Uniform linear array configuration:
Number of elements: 4
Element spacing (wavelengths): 0.5
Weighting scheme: hann
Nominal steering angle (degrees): -30
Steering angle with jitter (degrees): -29.649
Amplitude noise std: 0.05
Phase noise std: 0.05

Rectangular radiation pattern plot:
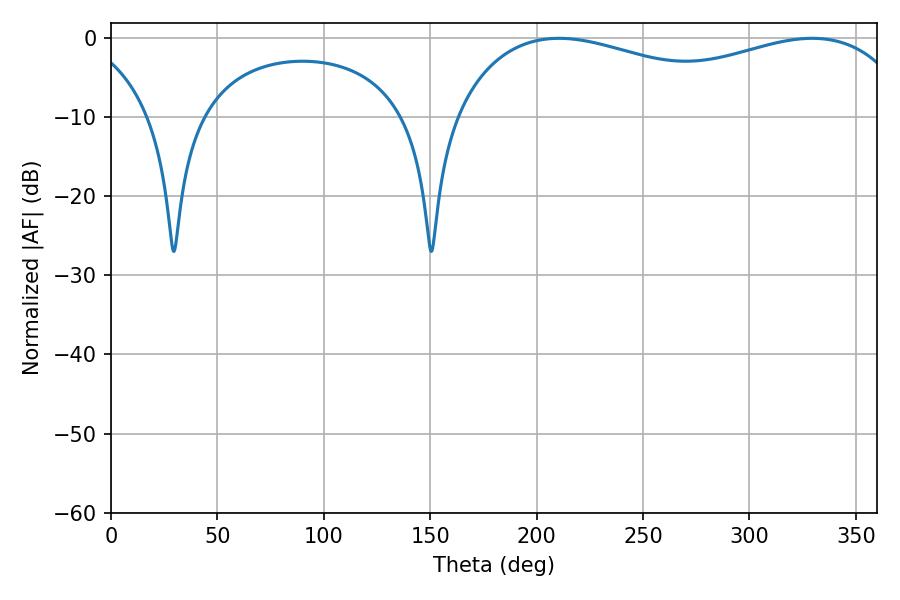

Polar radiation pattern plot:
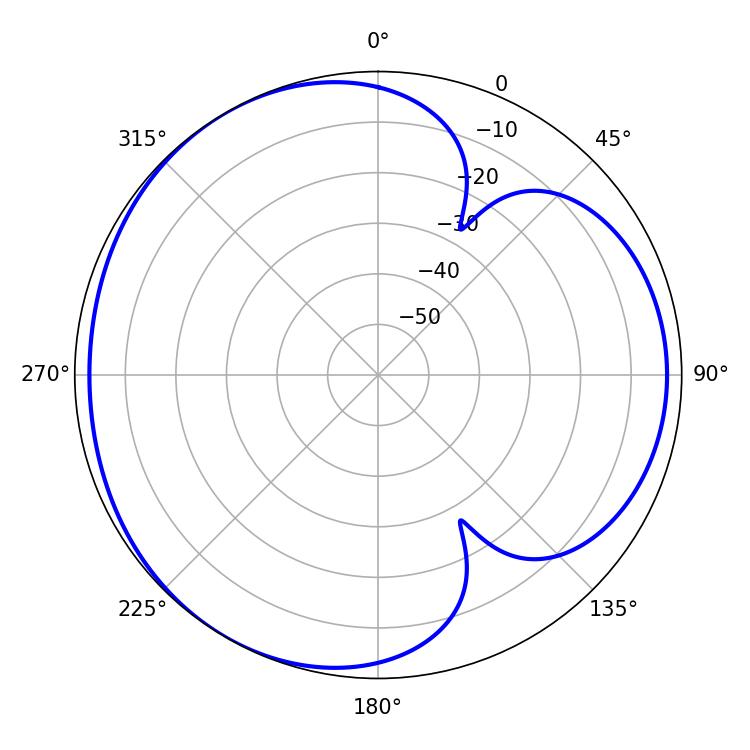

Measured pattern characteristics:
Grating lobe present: FALSE
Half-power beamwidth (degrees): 178.92
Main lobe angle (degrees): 210.6